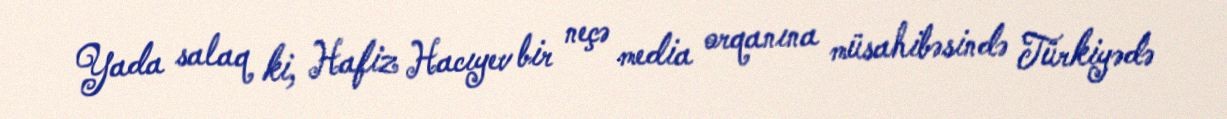
Yada salaq ki, Hafiz Hacıyev bir neçə media orqanına müsahibəsində Türkiyədə